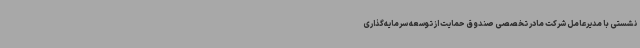
نشستی با مدیرعامل شرکت مادر تخصصی صندوق حمایت از توسعه سرمایه‌گذاری